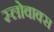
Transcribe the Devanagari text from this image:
स्लोवाक्स